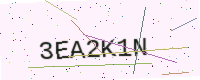
Text: 3EA2K1N